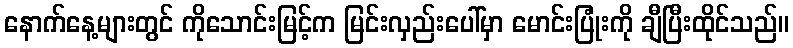
နောက်နေ့များတွင် ကိုသောင်းမြင့်က မြင်းလှည်းပေါ်မှာ မောင်းပြုံးကို ချီပြီးထိုင်သည်။